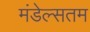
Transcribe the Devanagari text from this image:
मंडेल्सतम